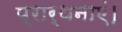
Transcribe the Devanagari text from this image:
प्रार्थनाएं।